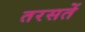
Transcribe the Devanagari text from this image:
तरसतें